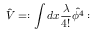
\hat { V } = : \int d x \frac { \lambda } { 4 ! } \hat { \phi ^ { 4 } } :